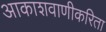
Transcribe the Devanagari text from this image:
आकाशवाणीकरिता